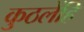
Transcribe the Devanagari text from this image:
कुठलेंहि